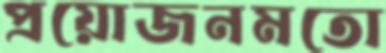
প্রয়োজনমতো